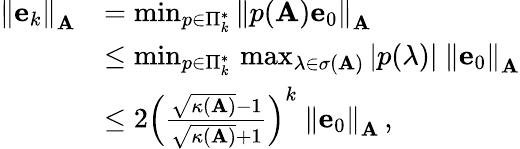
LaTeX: {\begin{array}{rl}{\left\| \mathbf{e}_{k}\right\| _{\mathbf{A}}}&{=\operatorname*{min}_{p\in\Pi_{k}^{*}}\left\| p(\mathbf{A})\mathbf{e}_{0}\right\| _{\mathbf{A}}}\\ &{\leq\operatorname*{min}_{p\in\Pi_{k}^{*}}\, \operatorname*{max}_{\lambda\in\sigma(\mathbf{A})}|p(\lambda)|\ \left\| \mathbf{e}_{0}\right\| _{\mathbf{A}}}\\ &{\leq 2\left({\frac{{\sqrt{\kappa(\mathbf{A})}}-1}{{\sqrt{\kappa(\mathbf{A})}}+1}}\right)^{k}\ \left\| \mathbf{e}_{0}\right\| _{\mathbf{A}}\, ,}\end{array}}